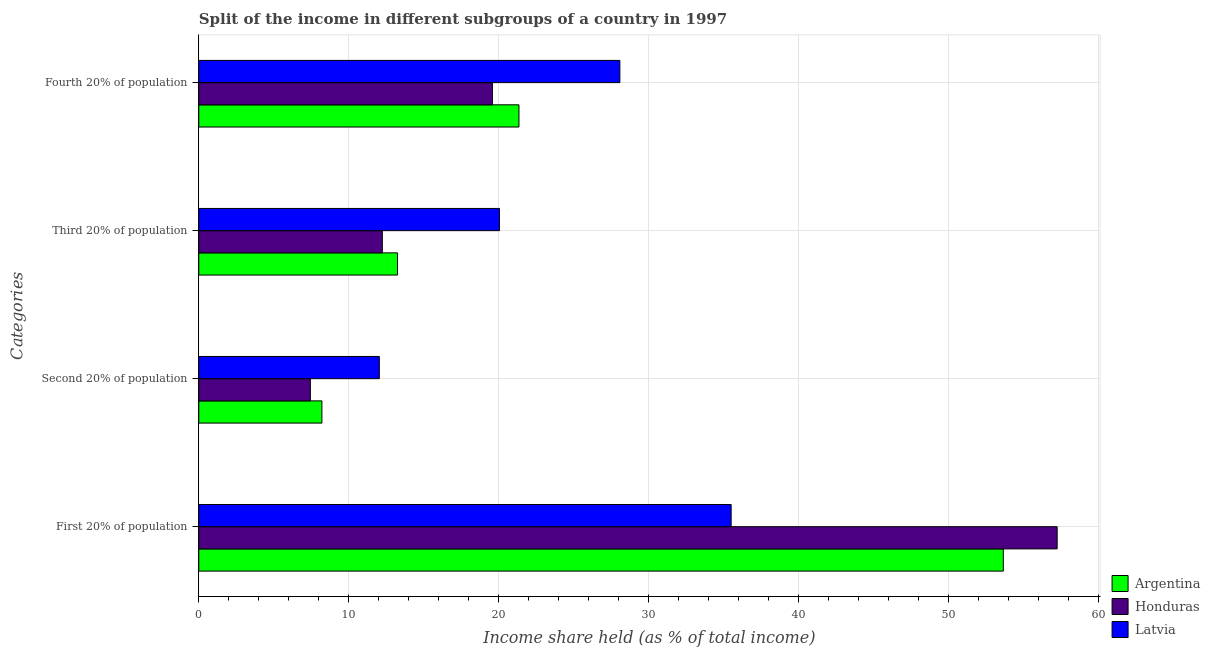
| Categories | Argentina | Honduras | Latvia |
 | --- | --- | --- | --- |
 | First 20% of population | 53.6 | 57.2 | 35.5 |
 | Second 20% of population | 8.21 | 7.44 | 12 |
 | Third 20% of population | 13.2 | 12.2 | 20.1 |
 | Fourth 20% of population | 21.4 | 19.6 | 28.1 |